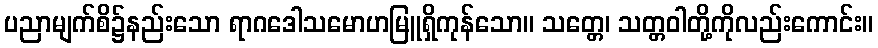
ပညာမျက်စိ၌နည်းသော ရာဂဒေါသမောဟမြူရှိကုန်သော။ သတ္တေ၊ သတ္တဝါတို့ကိုလည်းကောင်း။